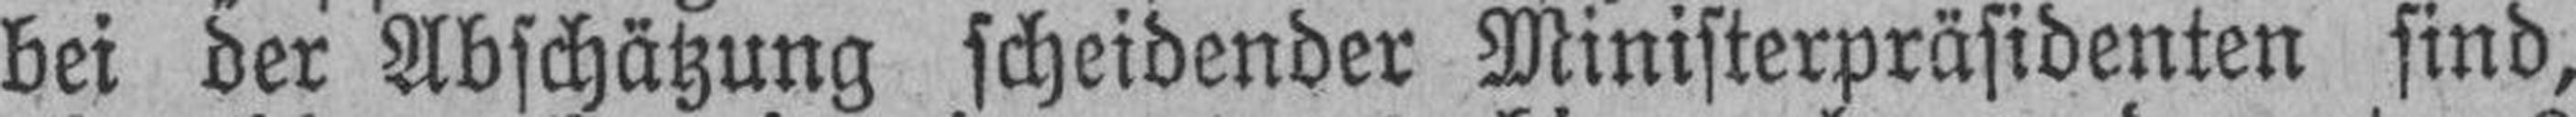
bei der Abschätzung scheidender Ministerpräsidenten sind,